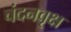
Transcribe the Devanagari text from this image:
चंदनवृक्ष